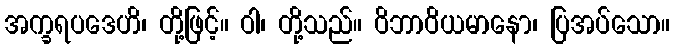
အက္ခရပဒေဟိ၊ တို့ဖြင့်။ ဝါ၊ တို့သည်။ ဝိဘာဝိယမာနော၊ ပြအပ်သော။